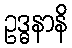
ဥဒ္ဓနာနိ